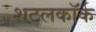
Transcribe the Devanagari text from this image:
शटलकॉर्क